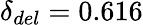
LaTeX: \delta_{del}=0.616